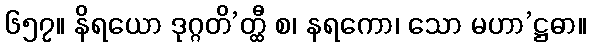
၆၅၇။ နိရယော ဒုဂ္ဂတိ’တ္ထီ စ၊ နရကော၊ သော မဟာ’ဋ္ဌဓာ။